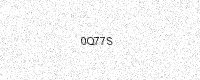
Text: 0Q77S